Annual report of the Civil Veterinary Department, Bengal, for the year 1897-98 - 1897-1898
Year: 1897
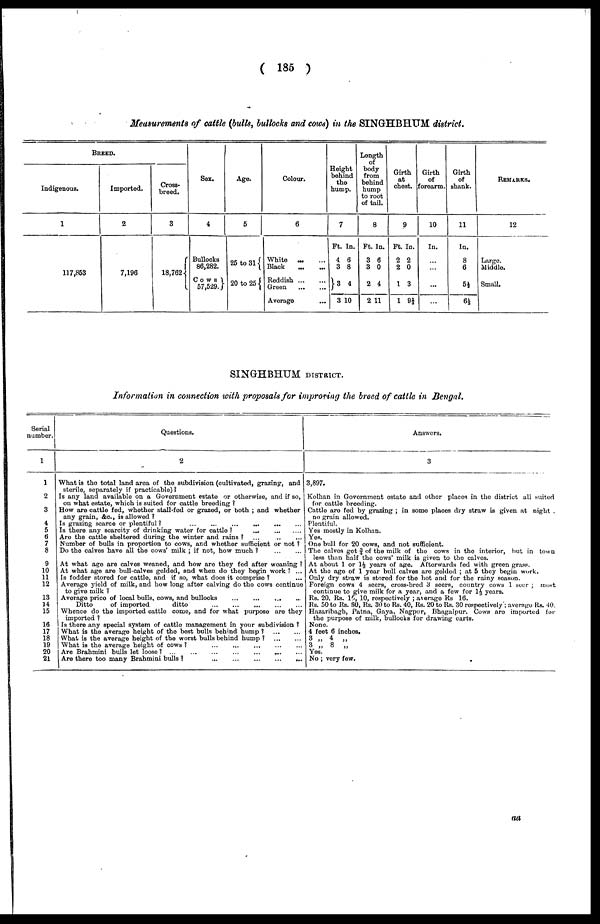
( 185 )
Measurements of cattle (bulls, bullocks and cows) in the SINGHBHUM district.
BREED.
Indigenous.
1
117,853
Imported.
2
7,196
Cross-
breed.
3
18,762
Sex.
4
Bullocks
86,282.
Cows
57,529
Age.
5
25 to 311
20 to 25
Colour.
6
White ... ...
Black
...
...
Reddish
...
...
Green
...
...
Average ...
Height
behind
the
hump.
7
Ft.
4
3
3
3
In.
6
8
4
10
Length
of
body
from
behind
hump
to root
of tail.
8
Ft.
3
3
2
2
In.
6
0
4
11
Girth
at
chest.
9
Ft.
2
2
1
1
In.
2
0
3
9⅔
Girth
of
forearm.
10
In.
...
...
...
...
Girth
of
shank.
11
In.
8
6
5½
6½
REMARKS.
12
Large.
Middle.
Small.
SINGHBHUM DISTRICT.
Information in connection with proposals for improving the breed of cattle in Bengal.
Serial
number.
1
1
2
3
4
5
6
7
8
9
10
11
12
13
14
15
16
17
18
19
20
21
Questions.
2
What is the total land area of the subdivision (cultivated, grazing, and
sterile, separately if practicable)?
Is any land available on a Government estate or otherwise, and if so,
on what estate, which is suited for cattle breeding ?
How are cattle fed, whether stall-fed or grazed, or both ; and whether
any grain, &c, is allowed ?
Is grazing scarce or plentiful?
...
...
...
...
...
...
Is there any scarcity of drinking water for cattle?
...
...
....
Are the cattle sheltered during the winter and rains ? ... ... ...
Number of bulls in proportion to cows, and whether sufficient or not ?
Do the calves have all the cows' milk ; if not, how much ?
...
...
At what age are calves weaned, and how are they fed after weaning ?
At what age are bull-calves gelded, and when do they begin work ? ...
Is fodder stored for cattle, and if so, what does it comprise ? ...
Average yield of milk, and how long after calving do the cows continue
to give milk ?
Average price of local bulls, cows, and bullocks ... ... ... ...
Ditto
of imported
ditto ... ... ... ... ...
Whence do the imported cattle come, and for what purpose are they
imported ?
Is there any special system of cattle management in your subdivision ?
What is the average height of the best bulls behind hump ?
...
...
What is the average height of the worst bulls behind hump ?
...
...
What is the average height of cows ?
...
...
...
...
...
Are Brahmini bulls let loose?
...
...
...
...
...
...
...
Are there too many Brahmini bull
...
...
...
...
...
Answors.
3
3,897.
Kolhan in Government estate and other places in the district all suited
for cattle breeding.
Cattle are fed by grazing ; in some places dry straw is given at night ,
no grain allowed.
Plentiful.
Yes mostly in Kolhan.
Yes.
One bull for 20 cows, and not sufficient.
The calves got ¾ of the milk of the cows in the interior, but in town
less than half the cows' milk is given to the calves.
At about 1 or 1½ years of age. Afterwards fed with green grass.
At the age of 1 year bull calves are gelded ; at 5 they begin work.
Only dry straw is stored for the hot and for the rainy season.
Foreign cows 4 seers, cross-bred 3 seers, country cows 1 seer ; most
continue to give milk for a year, and a few for 1½ years.
Rs. 20. Rs. 15, 10, respectively ; average Rs 16.
Rs. 50 to Rs. BO, Rs. 30 to Rs. 40, Rs. 20 to Rs. 30 respectively; average Rs. 40.
Hazaribagh, Patna, Gaya, Nagpur, Bhagalpur. Cows are imported for
the purpose of milk, bullocks for drawing carts.
None.
4 feet 6 inches.
3 „ 4 „
3 „ 8
„
Yes.
No ; very few.